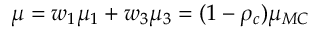
\mu = w _ { 1 } \mu _ { 1 } + w _ { 3 } \mu _ { 3 } = ( 1 - \rho _ { c } ) \mu _ { M C }